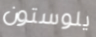
يلوستون